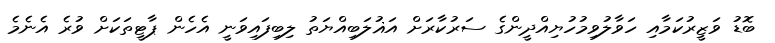
ބޮޑު ވަޒީރުކަމާއި ހަވާލުވިމުހުޔިއްދީންގެ ސަރުކާރަށް އަޣުލަބިއްޔަތު ލިބިފައިވަނީ އެހެން ޕާޓީތަކަށް ވުރެ އެނެމެ